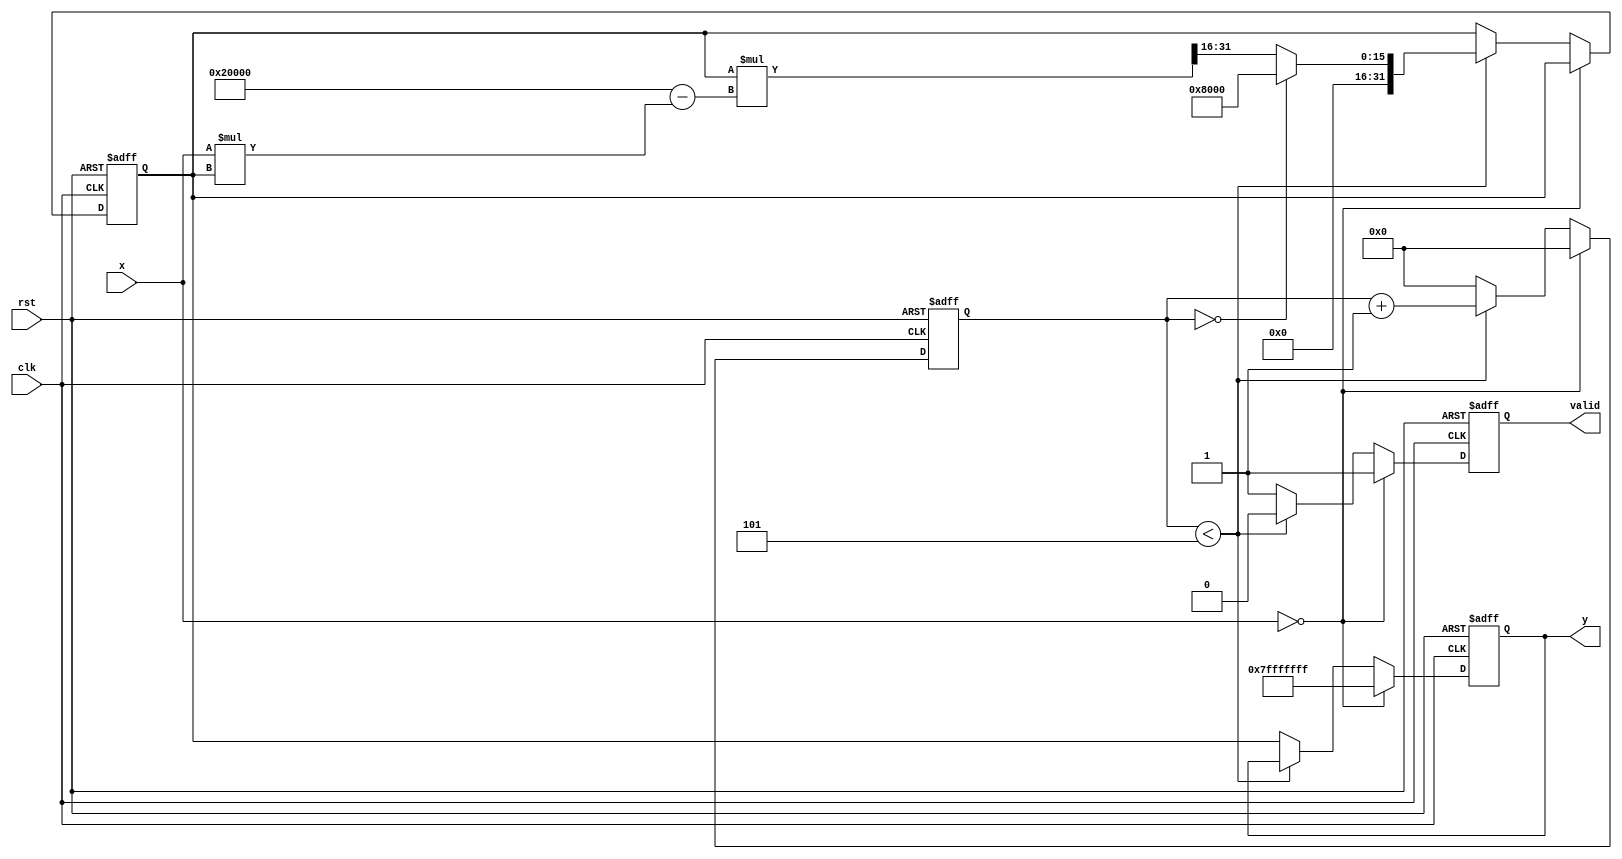
module fixed_point_reciprocal #(
    parameter M = 16,  // Number of integer bits
    parameter N = 16   // Number of fractional bits
) (
    input wire clk,
    input wire rst,
    input wire [M+N-1:0] x,  // Input fixed-point number (Qm.n)
    output reg [M+N-1:0] y,   // Output fixed-point reciprocal (Qm.n)
    output reg valid           // Output valid signal
);

    localparam ZERO = {M+N{1'b0}};  // Representation of zero
    localparam MAX_VAL = {1'b0, {M+N-1{1'b1}}}; // Maximum value for Qm.n

    reg [M+N-1:0] approx;  // Approximation of the reciprocal
    reg [M+N-1:0] x_inv;   // Inverse of x
    reg [4:0] iteration;    // Iteration counter

    // State machine for iterative computation
    always @(posedge clk or posedge rst) begin
        if (rst) begin
            y <= 0;
            valid <= 0;
            approx <= 0;
            iteration <= 0;
        end else begin
            if (x == ZERO) begin
                // Handle zero input case
                y <= MAX_VAL;  // or some error code or NaN representation
                valid <= 1;
                iteration <= 0; // Reset iteration
            end else if (iteration < 5) begin
                // Newton-Raphson iteration
                if (iteration == 0) begin
                    approx <= {1'b0, {M+N-1{1'b0}}} + (1 << (N-1)); // Initial guess
                end else begin
                    approx <= approx * (2**(N+1) - x * approx) >> N; // Update approximation
                end
                iteration <= iteration + 1;
                valid <= 0; // Not valid until done
            end else begin
                y <= approx; // Final approximation
                valid <= 1; // Output is valid
                iteration <= 0; // Reset iteration for next input
            end
        end
    end
endmodule